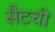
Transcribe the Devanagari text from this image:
सैटची